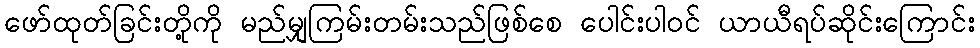
ဖော်ထုတ်ခြင်းတို့ကို မည်မျှကြမ်းတမ်းသည်ဖြစ်စေ ပေါင်းပါဝင် ယာယီရပ်ဆိုင်းကြောင်း